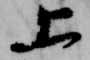
上